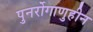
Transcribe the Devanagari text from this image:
पुनर्रोगाणुहीन